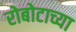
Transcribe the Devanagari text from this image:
रोबोटाच्या